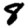
Digit: 8